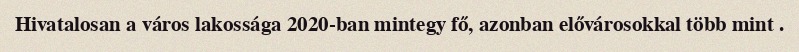
Hivatalosan a város lakossága 2020-ban mintegy fő, azonban elővárosokkal több mint .